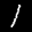
Label: 1